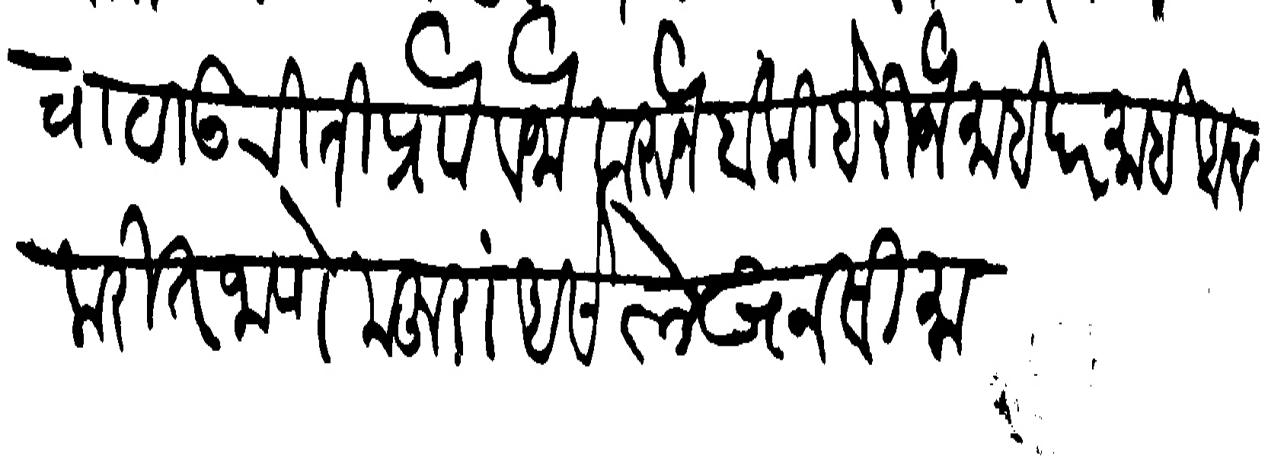
Transliteration (Devanagari):  वाटाऊ रीती प्रोा वजा करुन बाकी बेरीज माहे दर माहे आदा करीत जाणे मजुरा असे लेखन सीमा